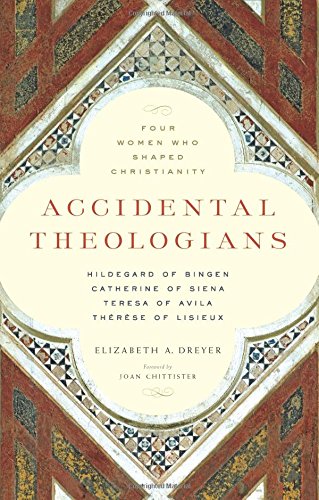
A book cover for Accidental Theologians: Four Women Who Shaped Christianity; Elizabeth A. Dreyer; Christian Books & Bibles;